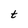
Character: t